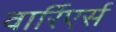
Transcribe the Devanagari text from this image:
वार्रिएर्स